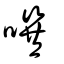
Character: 噀